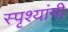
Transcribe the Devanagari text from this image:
स्पृश्यांनी